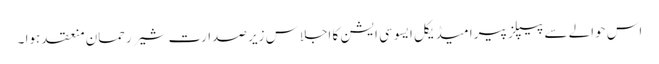
اس حوالے سے پیپلز پیرا میڈیکل ایسوسی ایشن کا اجلاس زیر صدارت شیر رحمان منعقد ہوا ۔